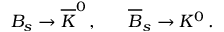
B _ { s } \rightarrow \overline { { K } } ^ { 0 } \, , \; \; \; \; \; \; \overline { { B } } _ { s } \rightarrow K ^ { 0 } \, .